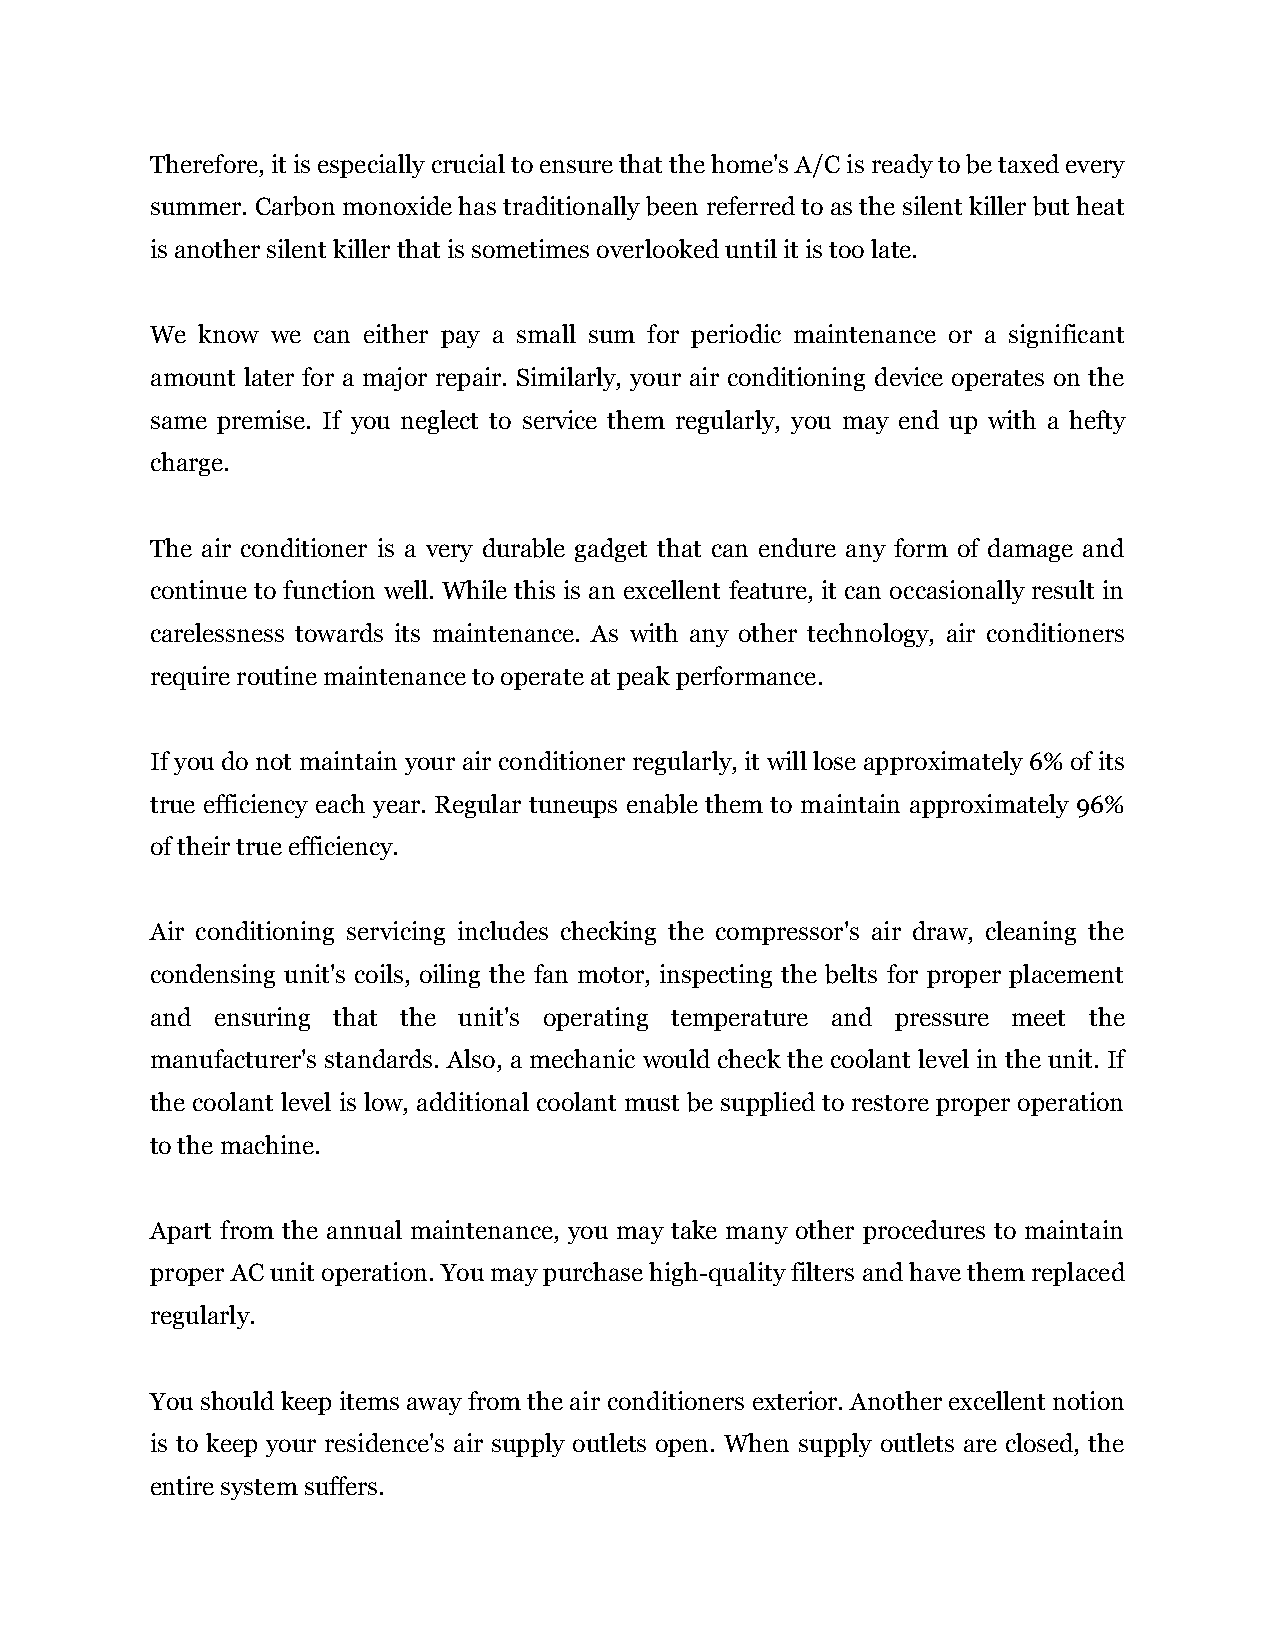
Therefore, it is especially crucial to ensure that the home's A/C is ready to be taxed every
 summer. Carbon monoxide has traditionally been referred to as the silent killer but heat
 is another silent killer that is sometimes overlooked until it is too late.
 We know we can either pay a small sum for periodic maintenance or a significant
 amount later for a major repair. Similarly, your air conditioning device operates on the
 same premise. If you neglect to service them regularly, you may end up with a hefty
 charge.
 The air conditioner is a very durable gadget that can endure any form of damage and
 continue to function well. While this is an excellent feature, it can occasionally result in
 carelessness towards its maintenance. As with any other technology, air conditioners
 require routine maintenance to operate at peak performance.
 If you do not maintain your air conditioner regularly, it will lose approximately 6% of its
 true efficiency each year. Regular tuneups enable them to maintain approximately 96%
 of their true efficiency.
 Air conditioning servicing includes checking the compressor's air draw, cleaning the
 condensing unit's coils, oiling the fan motor, inspecting the belts for proper placement
 and ensuring that the unit's operating temperature and pressure meet the
 manufacturer's standards. Also, a mechanic would check the coolant level in the unit. If
 the coolant level is low, additional coolant must be supplied to restore proper operation
 to the machine.
 Apart from the annual maintenance, you may take many other procedures to maintain
 proper AC unit operation. You may purchase high-quality filters and have them replaced
 regularly.
 You should keep items away from the air conditioners exterior. Another excellent notion
 is to keep your residence's air supply outlets open. When supply outlets are closed, the
 entire system suffers.